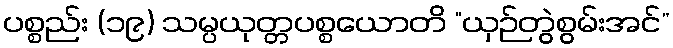
ပစ္စည်း (၁၉) သမ္ပယုတ္တပစ္စယောတိ “ယှဉ်တွဲစွမ်းအင်”